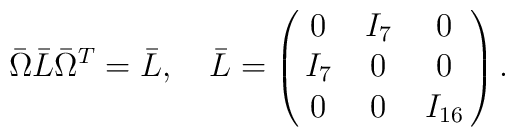
\bar{\Omega} \bar{L} \bar{\Omega}^T = \bar{L}, \ \ \ \bar{L}=\left ( \matrix{0 & I_7 & 0 \cr I_7 & 0 & 0 \cr 0 & 0 & I_{16}} \right ) .